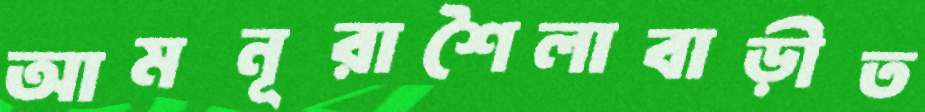
আমনূরাশৈলাবাড়ীত